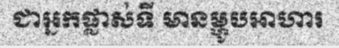
ជាអ្នកផ្លាស់ទី មានម្ហូបអាហារ